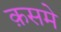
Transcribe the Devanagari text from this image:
क़समे